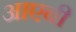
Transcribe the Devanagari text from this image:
आएबी